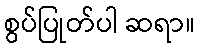
စွပ်ပြုတ်ပါ ဆရာ။